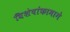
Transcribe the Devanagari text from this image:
विशेषांकामागे